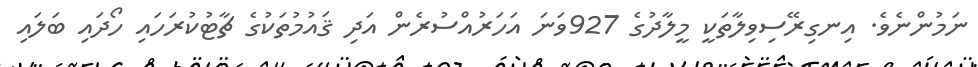
ނަމުންނެވެ. އިނގިރޭސިވިލާތަކީ މީލާދުގެ 927ވަނަ އަހަރުއްސުރެން އަދި ޤައުމުތަކުގެ ޗާޓުކުރަހައި ހޯދައި ބަލައި